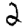
Digit: 2